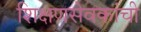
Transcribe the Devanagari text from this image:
शिक्षणसेवकांची